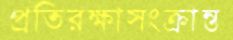
প্রতিরক্ষাসংক্রান্ত